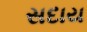
સદાય